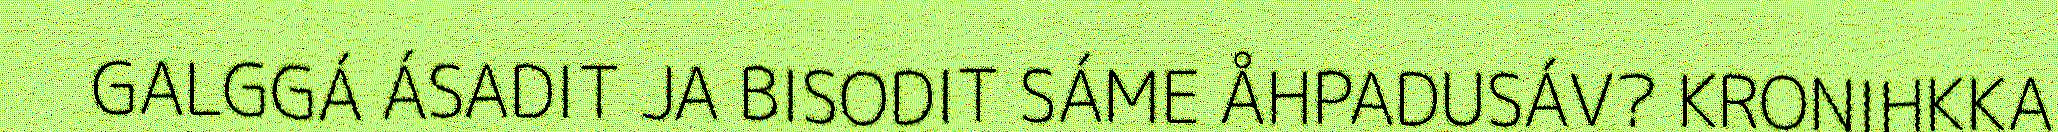
GALGGÁ ÁSADIT JA BISODIT SÁME ÅHPADUSÁV? KRONIHKKA